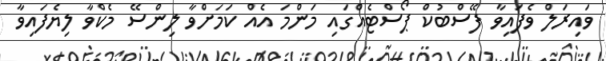
ވައިރަލް ވެފައިވާ ފޭސްބުކް ޕޯސްޓެއްގައި މަންމަ އެއް ކަމަށްވާ ލިންސޭ މެކްވާ ލިޔެފައިވާ